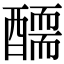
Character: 𨢾